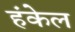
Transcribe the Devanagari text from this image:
हंकेल